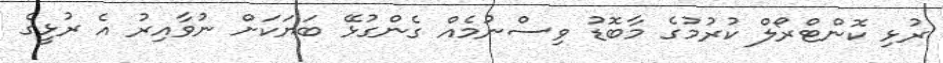
ރުޅި ކޮންޓްރޯލް ކުރުމުގެ މާބޮޑު ވިސްނުމެއް ގެންގުޅޭ ބަޔަކަށް ނުވާއިރު އެ ރުޅީގެ